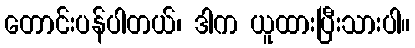
တောင်းပန်ပါတယ်၊ ဒါက ယူထားပြီးသားပါ။